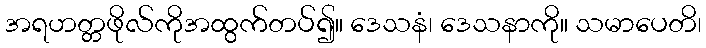
အရဟတ္တဖိုလ်ကိုအထွက်တပ်၍။ ဒေသနံ၊ ဒေသနာကို။ သမာပေတိ၊